Leprosy in India: report of the Leprosy Commission in India, 1890-91
Year: 1890
Disease focus: Leprosy
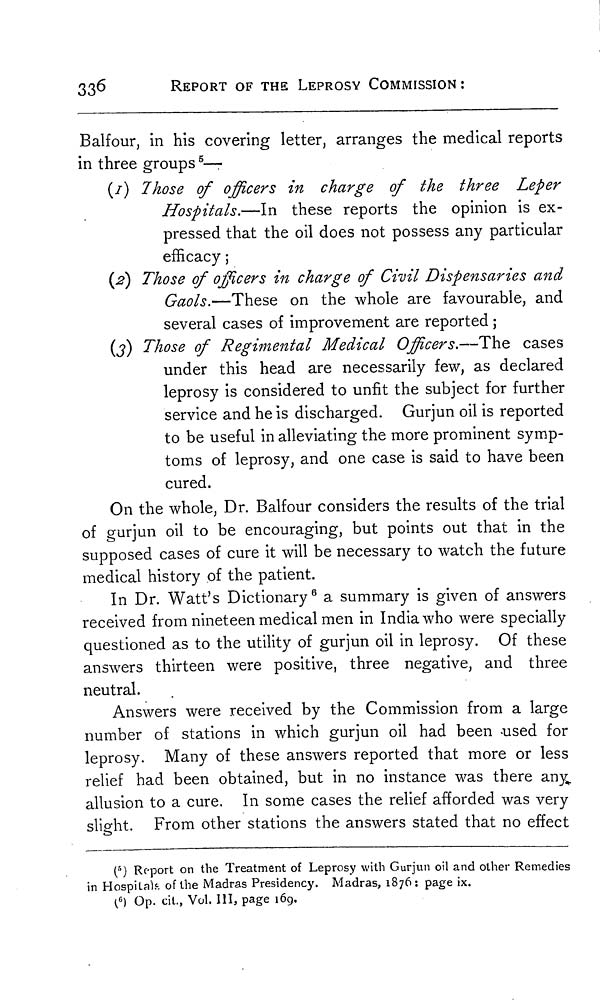
336
REPORT OF THE LEPROSY COMMISSION :
Balfour, in his covering letter, arranges the medical reports
in three groups 5 —
(1) Those of officers in charge of the three Leper
Hospitals.—In these reports the opinion is ex-
pressed that the oil does not possess any particular
efficacy ;
(2) Those of officers in charge of Civil Dispensaries and
Gaols.—These on the whole are favourable, and
several cases of improvement are reported ;
(3) Those of Regimental Medical Officers.—The cases
under this head are necessarily few, as declared
leprosy is considered to unfit the subject for further
service and he is discharged. Gurjun oil is reported
to be useful in alleviating the more prominent symp-
toms of leprosy, and one case is said to have been
cured.
On the whole, Dr. Balfour considers the results of the trial
of gurjun oil to be encouraging, but points out that in the
supposed cases of cure it will be necessary to watch the future
medical history of the patient.
In Dr. Watt's Dictionary 6 a summary is given of answers
received from nineteen medical men in India who were specially
questioned as to the utility of gurjun oil in leprosy. Of these
answers thirteen were positive, three negative, and three
neutral.
Answers were received by the Commission from a large
number of stations in which gurjun oil had been used for
leprosy. Many of these answers reported that more or less
relief had been obtained, but in no instance was there any
allusion to a cure. In some cases the relief afforded was very
slight. From other stations the answers stated that no effect
( 5 ) Report on the Treatment of Leprosy with Gurjun oil and other Remedies
in Hospitals of the Madras Presidency. Madras, 1876: page ix.
( 6 ) Op. cit., Vol. III, page 169.